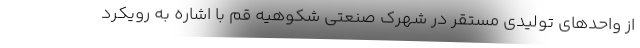
از واحدهای تولیدی مستقر در شهرک صنعتی شکوهیه قم با اشاره به رویکرد